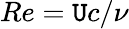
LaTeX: Re=\mathtt{U}c/\nu